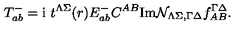
T _ { a b } ^ { - } = \mathrm { i } \ t ^ { \Lambda \Sigma } ( r ) E _ { a b } ^ { - } C ^ { A B } \mathrm { I m } { \cal N } _ { \Lambda \Sigma , \Gamma \Delta } f _ { A B } ^ { \Gamma \Delta } .